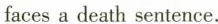
faces a death sentence.